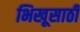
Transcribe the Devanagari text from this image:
भिखूसाठी